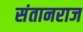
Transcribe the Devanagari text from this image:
संतानराज